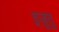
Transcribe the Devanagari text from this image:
इज़ुतु